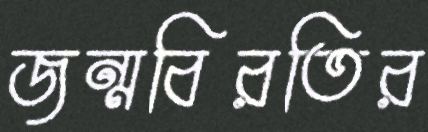
জন্মবিরতির